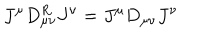
LaTeX: J ^ { \mu } D _ { \mu \nu } ^ { R } J ^ { \nu } = J ^ { \mu } D _ { \mu \nu } J ^ { \nu }